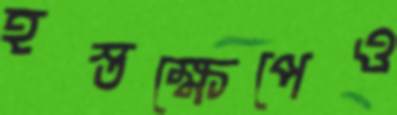
হস্তক্ষেপেও